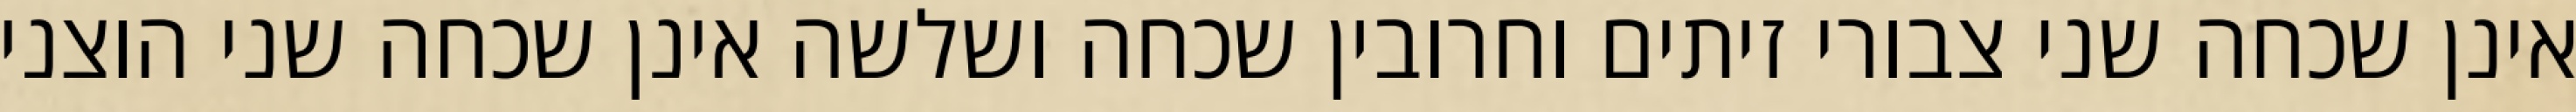
אינן שכחה שני צבורי זיתים וחרובין שכחה ושלשה אינן שכחה שני הוצני